Lunatic asylums Burma 1907-21 - 1907-1921
Year: 1907
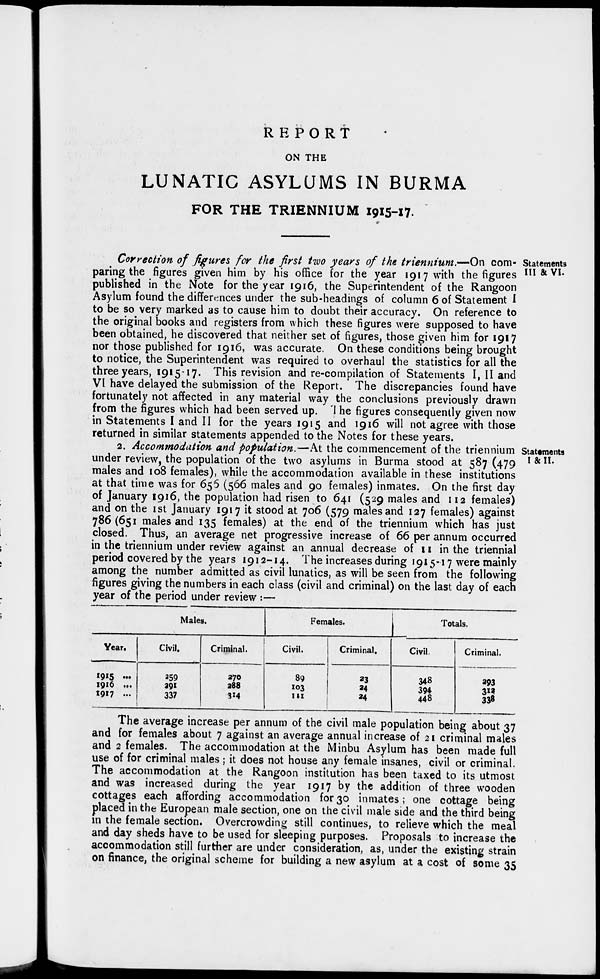
REPORT
ON THE
LUNATIC ASYLUMS IN BURMA
FOR THE TRIENNIUM 1915-17
Statements
III &VI.
Correction of figures for the first two years of the triennium.—On com-
paring the figures given him by his office for the year 1917 with the figures
published in the Note for the year 1916, the Superintendent of the Rangoon
Asylum found the differences under the sub-headings of column 6 of Statement I
to be so very marked as to cause him to doubt their accuracy. On reference to
the original books and registers from which these figures were supposed to have
been obtained, he discovered that neither set of figures, those given him for 1917
nor those published for 1916, was accurate. On these conditions being brought
to notice, the Superintendent was required to overhaul the statistics for all the
three years, 1915-17. This revision and re-compilation of Statements I, II and
VI have delayed the submission of the Report. The discrepancies found have
fortunately not affected in any material way the conclusions previously drawn
from the figures which had been served up. The figures consequently given now
in Statements I and II for the years 1915 and 1916 will not agree with those
returned in similar statements appended to the Notes for these years.
Statements
I & II.
2. Accommodation and population.—At the commencement of the triennium
under review, the population of the two asylums in Burma stood at 587 (479
males and 108 females), while the accommodation available in these institutions
at that time was for 655 (566 males and 90 females) inmates. On the first day
of January 1916, the population had risen to 641 (529 males and 112 females)
and on the 1st January 1917 it stood at 706 (579 males and 127 females) against
786(651 males and 135 females) at the end of the triennium which has just
closed. Thus, an average net progressive increase of 66 per annum occurred
in the triennium under review against an annual decrease of 11 in the triennial
period covered by the years 1912-14. The increases during 1915-17 were mainly
among the number admitted as civil lunatics, as will be seen from the following
figures giving the numbers in each class (civil and criminal) on the last day of each
year of the period under review :—
Males.
Year.
1915 ...
1916 ...
1917 ...
Civil.
259
291
337
Criminal.
370
288
314
Females.
Civil.
89
103
111
Criminal.
23
24
24
Totals.
Civil.
348
394
448
Criminal.
293
312
338
The average increase per annum of the civil male population being about 37
and for females about 7 against an average annual increase of 21 criminal males
and 2 females. The accommodation at the Minbu Asylum has been made full
use of for criminal males; it does not house any female insanes, civil or criminal.
The accommodation at the Rangoon institution has been taxed to its utmost
and was increased during the year 1917 by the addition of three wooden
cottages each affording accommodation for 30 inmates; one cottage being
placed in the European male section, one on the civil male side and the third being
in the female section. Overcrowding still continues, to relieve which the meal
and day sheds have to be used for sleeping purposes. Proposals to increase the
accommodation still further are under consideration, as, under the existing strain
on finance, the original scheme for building a new asylum at a cost of some 35